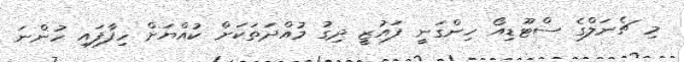
މި ޗެނަލްގެ ސްޓޫޑިއޯ ހިންގަނީ ފައުޒީ ދިގު މުއްދަތަކަށް ކުއްޔަށް ހިފާފައި ހުންނަ